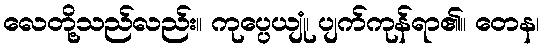
လေတို့သည်လည်း။ ကုပ္ပေယျုံ၊ ပျက်ကုန်ရာ၏။ တေန၊